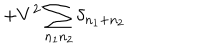
+ V ^ { 2 } \sum _ { n _ { 1 } n _ { 2 } } \delta _ { n _ { 1 } + n _ { 2 } }